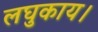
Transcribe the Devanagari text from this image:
लघुकाय।